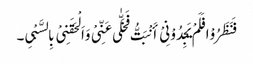
فَنَظَرُوْا فَلَمْ یَجِدُوْنِیْ أَنْبَتُّ فَخَلّٰی عَنِّیْ وَاَلْحَقَنِیْ بِالسَّبْیِ۔